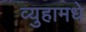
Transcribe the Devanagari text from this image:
व्युहामधे